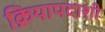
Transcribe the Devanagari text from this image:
क्रियापदाशी